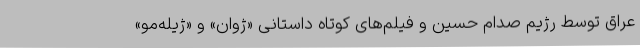
عراق توسط رژيم صدام حسين و فيلم‌های كوتاه داستانی «ژوان» و «ژيله‌مو»